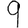
Digit: 9